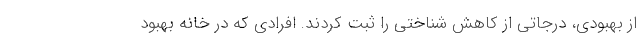
از بهبودی، درجاتی از کاهش شناختی را ثبت کردند. افرادی که در خانه بهبود